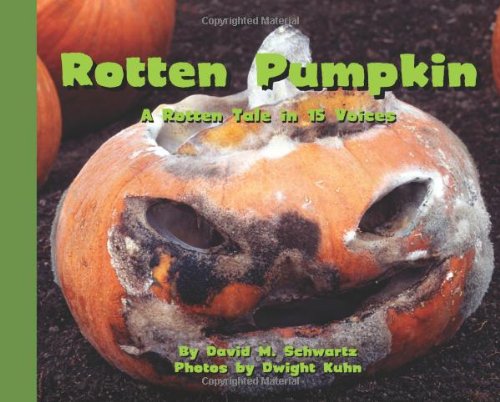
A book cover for Rotten Pumpkin: A Rotten Tale in 15 Voices; David M. Schwartz; Children's Books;